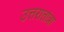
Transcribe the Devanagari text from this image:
उत्तरातांत्रा